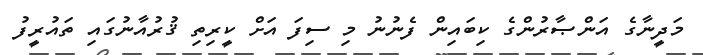
މަދީނާގެ އަންޞާރުންގެ ކިބައިން ފެނުނު މި ސިފަ އަށް ކީރިތި ޤުރުއާނުގައި ތައުރީފު